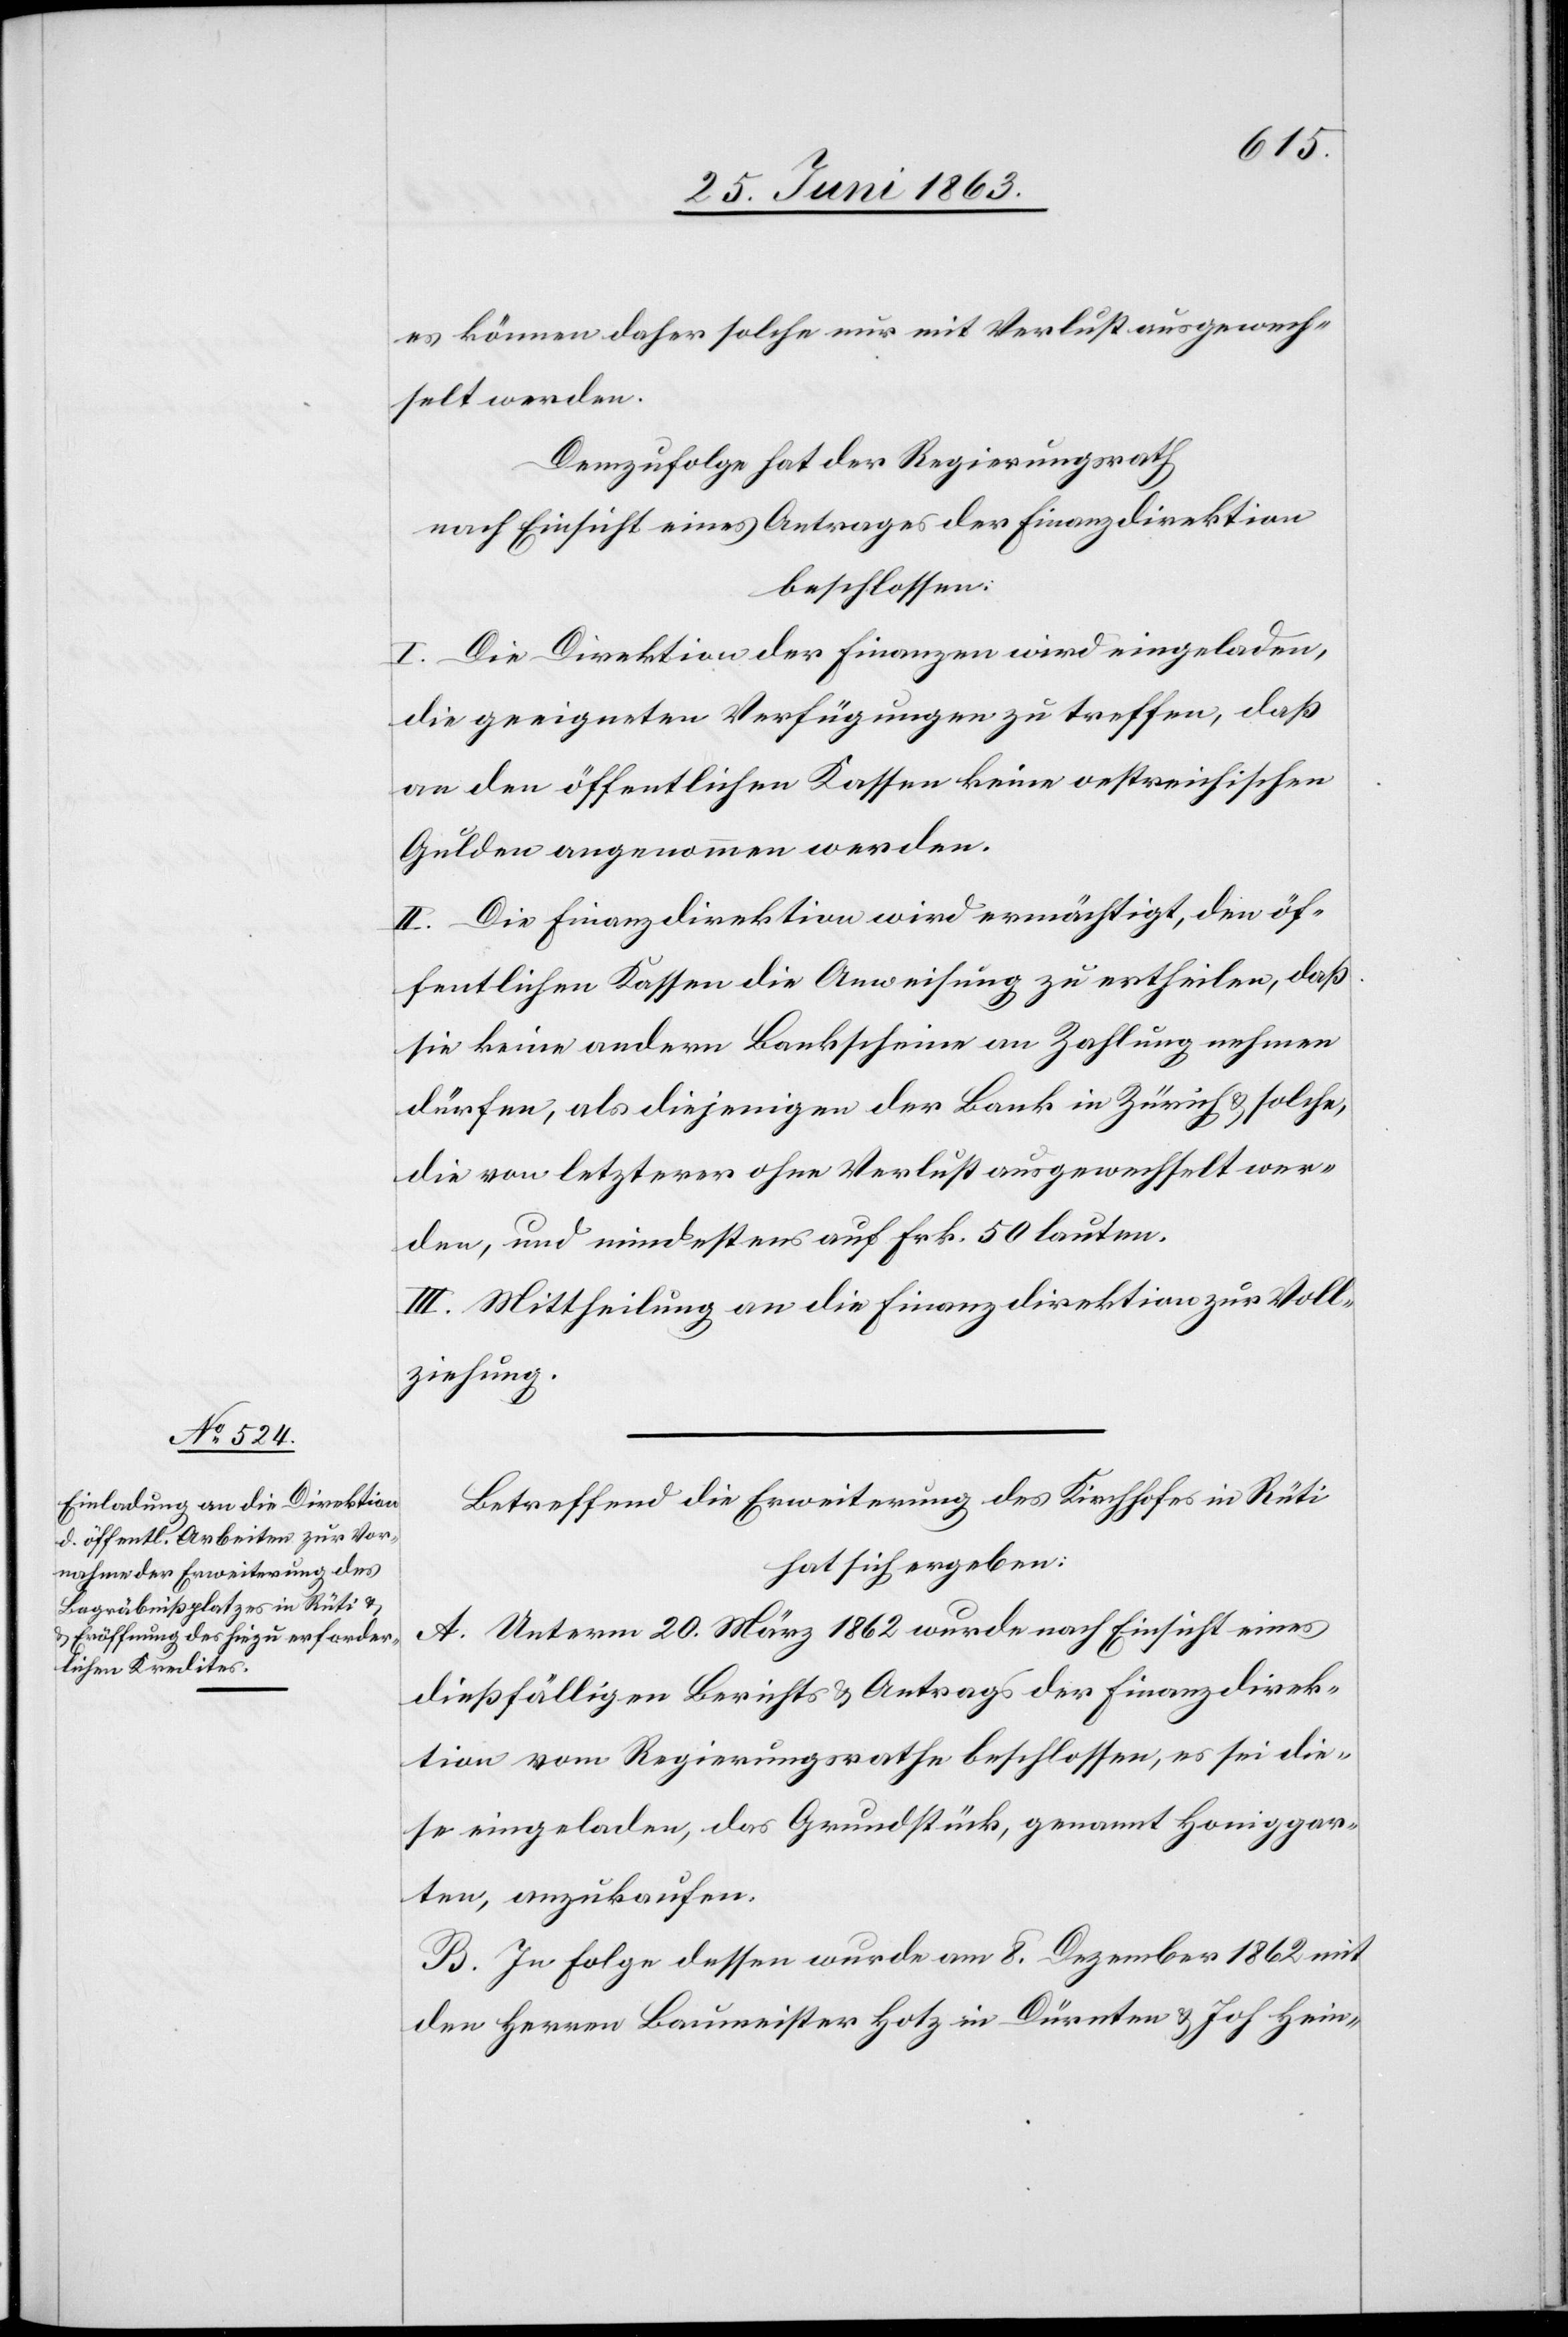
es können daher solche nur mit Verlust ausgewech¬
selt werden.
Demzufolge hat der Regierungsrath
nach Einsicht eines Antrages der Finanzdirektion
beschlossen:
I. Die Direktion der Finanzen wird eingeladen,
die geeigneten Verfügungen zu treffen, daß
an den öffentlichen Kassen keine oestreichischen
Gulden angenommen werden.
II. Die Finanzdirektion wird ermächtigt, den öf¬
fentlichen Kassen die Anweisung zu ertheilen, daß
sie keine andern Bankscheine an Zahlung nehmen
dürfen, als diejenigen der Bank in Zürich & solche,
die von letzterer ohne Verlust ausgewechselt wer¬
den, und mindestens auf Frk. 50 lauten.
III. Mittheilung an die Finanzdirektion zur Voll¬
ziehung.
Betreffend die Erweiterung des Kirchhofes in Rüti
hat sich ergeben:
A. Unterm 20. März 1862 wurde nach Einsicht eines
dießfälligen Berichts & Antrags der Finanzdirek¬
tion vom Regierungsrathe beschlossen, es sei die¬
se eingeladen, das Grundstück, genannt Honiggar¬
ten, anzukaufen.
B. In Folge dessen wurde am 8. Dezember 1862 mit
den Herren Baumeister Hotz in Dürnten & Joh Hein-